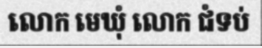
លោក មេឃុំ លោក ជំទប់